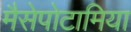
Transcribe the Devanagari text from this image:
मैसेपोटामिया